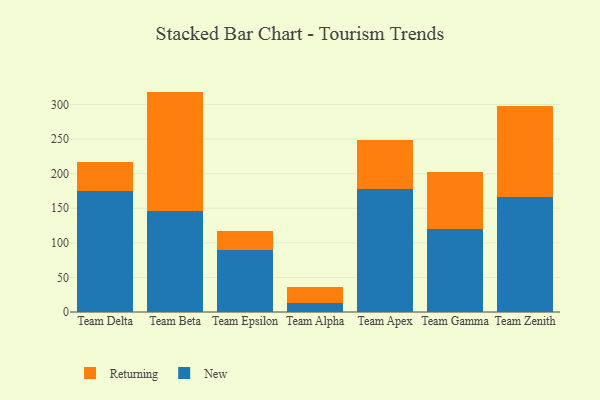
{"axis": {"x": "Team", "y": "Customer Acquisition Cost (USD)"}, "legend": ["New", "Returning"], "data": [{"x": "Team Delta", "y": 175.4, "type": "New"}, {"x": "Team Delta", "y": 41.1, "type": "Returning"}, {"x": "Team Beta", "y": 145.8, "type": "New"}, {"x": "Team Beta", "y": 172.9, "type": "Returning"}, {"x": "Team Epsilon", "y": 90.3, "type": "New"}, {"x": "Team Epsilon", "y": 27.1, "type": "Returning"}, {"x": "Team Alpha", "y": 13.3, "type": "New"}, {"x": "Team Alpha", "y": 22.8, "type": "Returning"}, {"x": "Team Apex", "y": 177.9, "type": "New"}, {"x": "Team Apex", "y": 71.4, "type": "Returning"}, {"x": "Team Gamma", "y": 119.9, "type": "New"}, {"x": "Team Gamma", "y": 82.5, "type": "Returning"}, {"x": "Team Zenith", "y": 166.0, "type": "New"}, {"x": "Team Zenith", "y": 132.1, "type": "Returning"}]}